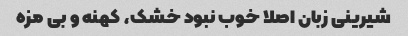
شیرینی زبان اصلا خوب نبود خشک، کهنه و بی مزه